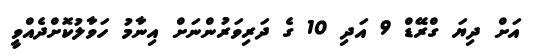
އަށް ދިޔަ ގްރޭޑް 9 އަދި 10 ގެ ދަރިވަރުންނަށް އިނާމު ހަވާލުކޮށްދެއްވީ